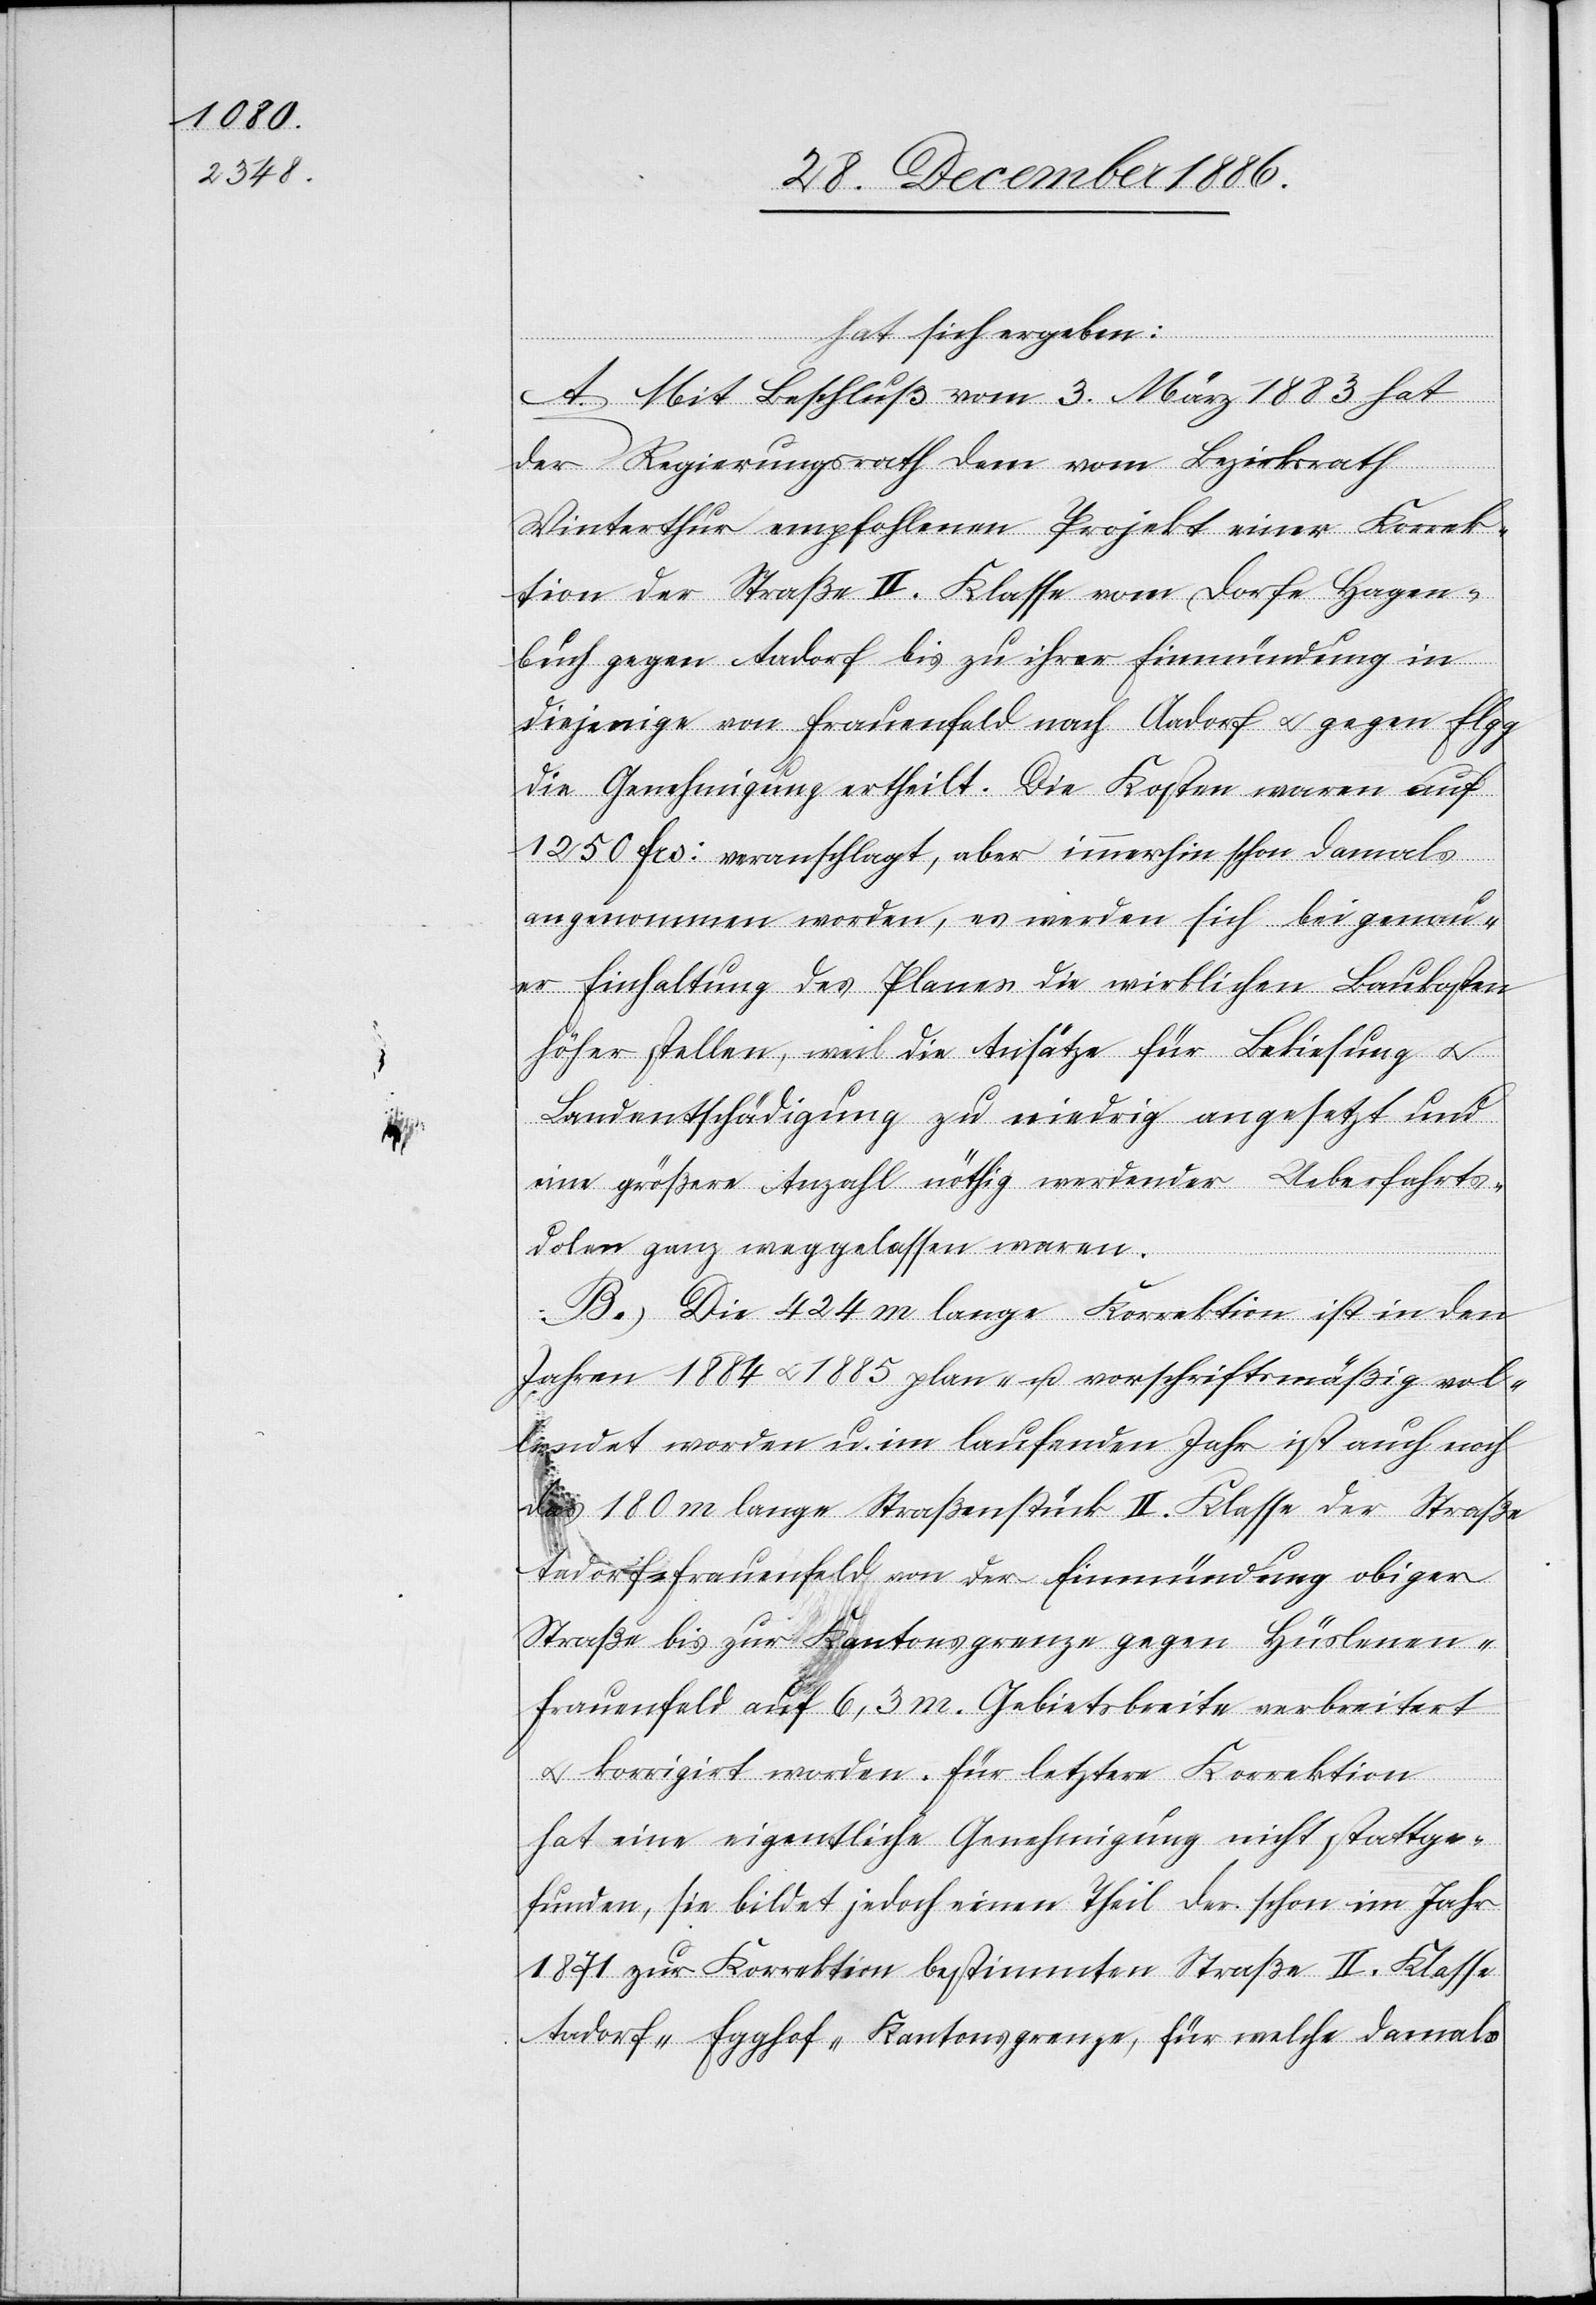
hat sich ergeben:
A.) Mit Beschluß vom 3. März 1883 hat
der Regierungsrath dem vom Bezirksrath
Winterthur empfohlenen Projekt einer Korrek¬
tion der Straße II. Klasse vom Dorfe Hagen¬
buch gegen Aadorf bis zu ihrer Einmündung in
diejenige von Frauenfeld nach Aadorf & gegen Elgg
die Genehmigung ertheilt. Die Kosten waren auf
1250 Frs: veranschlagt, aber immerhin schon damals
angenommen worden, es werden sich bei genau¬
er Einhaltung des Planes die wirklichen Baukosten
höher stellen, weil die Ansätze für Bekiesung &
Landentschädigung zu niedrig angesetzt und
eine größere Anzahl nöthig werdender Ueberfahrts¬
dolen ganz weggelassen waren.
B.) Die 424 m lange Korrektion ist in den
Jahren 1884 & 1885 plan- u. vorschriftsmäßig vol¬
lendet worden u. im laufenden Jahr ist auch noch
das 180 m lange Straßenstück II. Klasse der Straße
Aadorf–Frauenfeld von der Einmündung obiger
Straße bis zur Kantonsgrenze gegen Hüslenen–F¬
rauenfeld auf 6,3 m. Gebietsbreite verbreitert
& korrigirt worden. Für letztere Korrektion
hat eine eigentliche Genehmigung nicht stattge¬
funden, sie bildet jedoch einen Theil der schon im Jahr
1871 zur Korrektion bestimmten Straße II. Klasse
Aadorf–Egghof–Kantonsgrenze, für welche damals